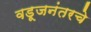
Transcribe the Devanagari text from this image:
वडूजनंतरचे